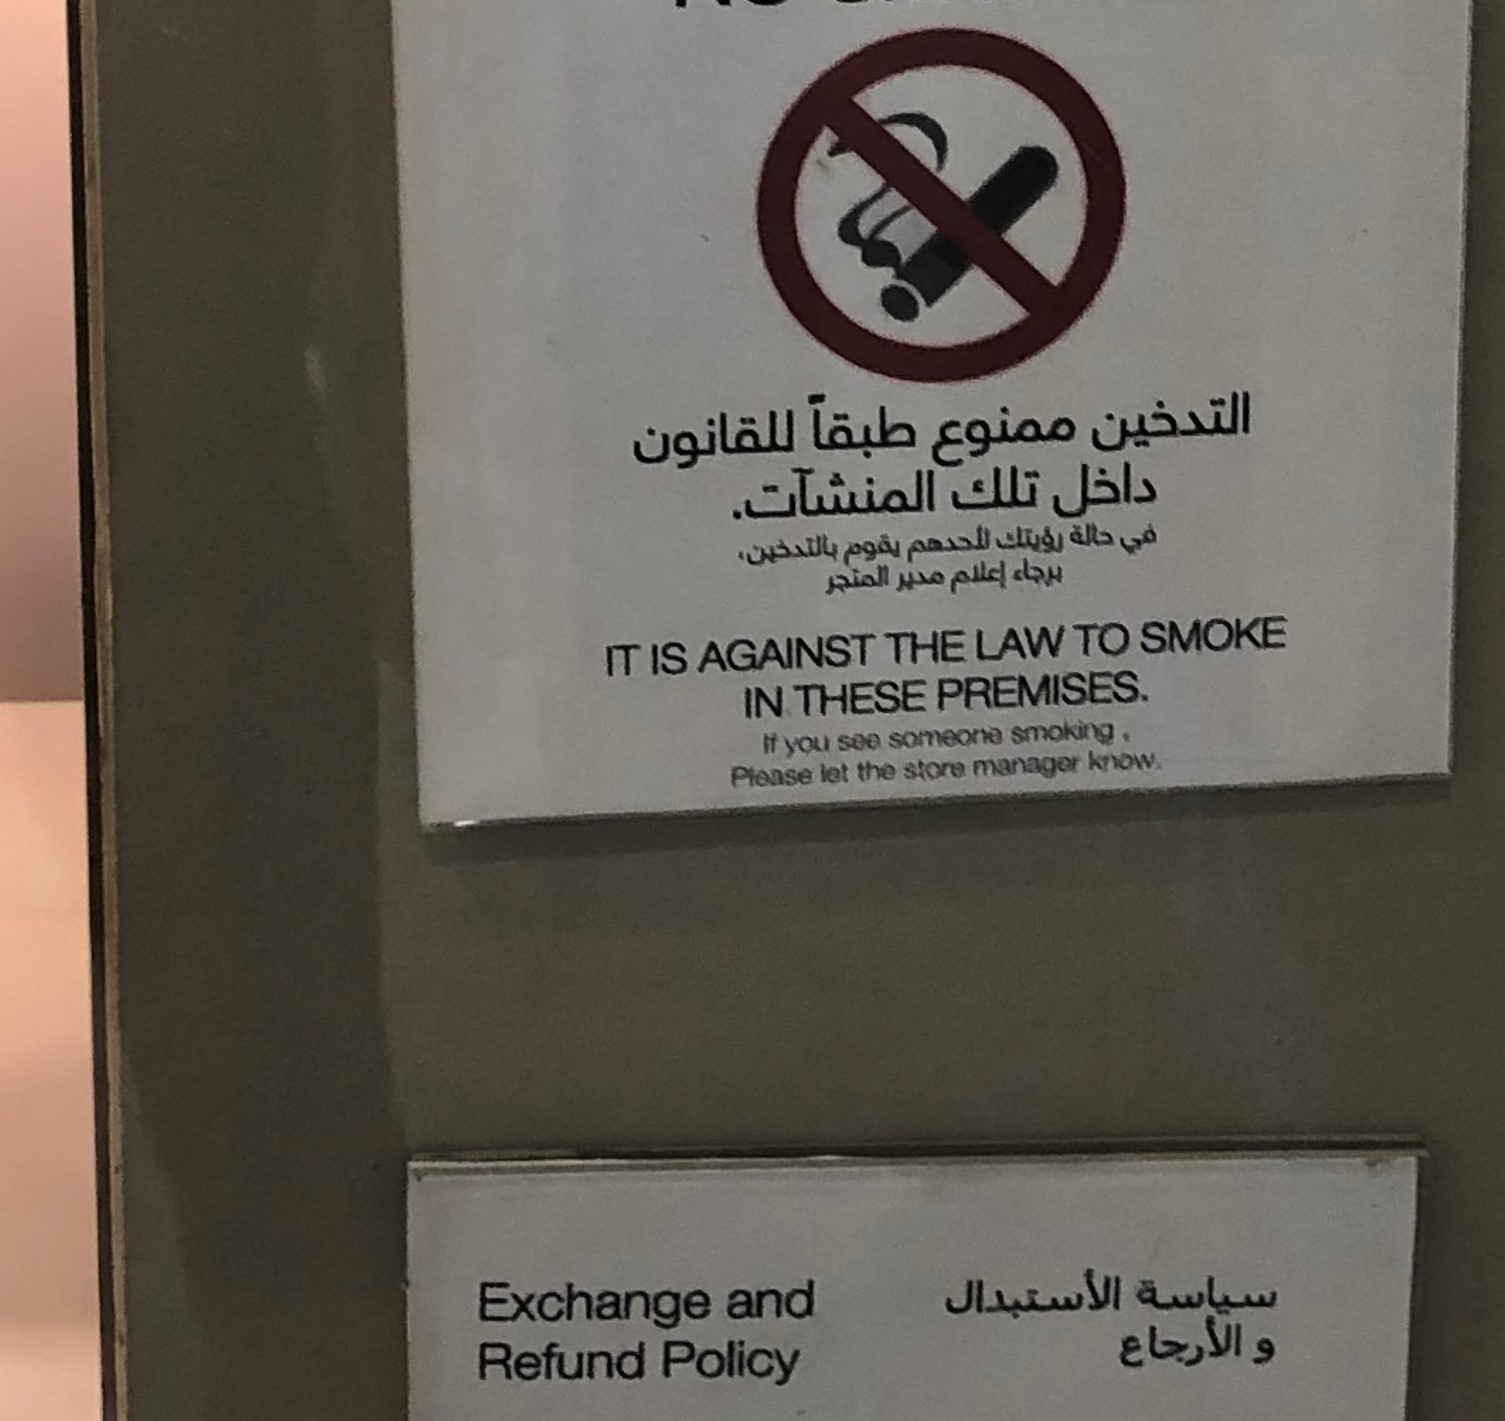
Text in image: التدخين طبقاً ممنوع للقانون داخل تلك المنشآت في حالة رؤيتك لأحدهم يقوم بالتدخين، برجاء إعلام مدير المتجر الأستبدال سياسة الأرجاع و SMOKE TO LAW THE AGAINST IT IS PREMISES THESE IN smoking someone if see you know manager store the let please and Exchange Refund Policy